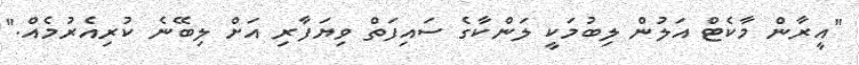
"އީރާން މާކެޓް އަލުން ލިބުމަކީ ލަންކާގެ ސައިފަތް ވިޔަފާރި އަށް ލިބޭނެ ކުރިއެރުމެއް."